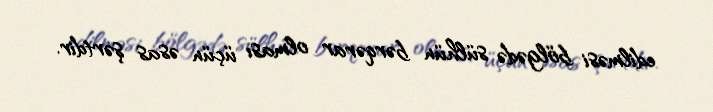
edilməsi bölgədə sülhün bərqərar olması üçün əsas şərtdir.